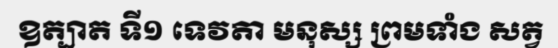
ឧត្បាត ទី១ ទេវតា មនុស្ស ព្រមទាំង សត្វ